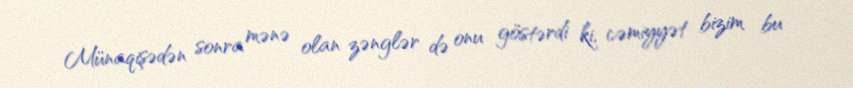
Münaqişədən sonra mənə olan zənglər də onu göstərdi ki, cəmiyyət bizim bu